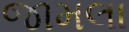
જામલા